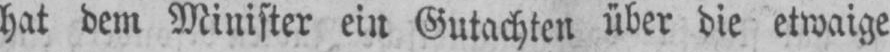
hat dem Minister ein Gutachten über die etwaige